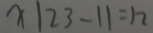
x \vert 2 3 - 1 1 = 1 2